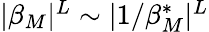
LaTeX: \begin{array}{r}{|\beta_{M}|^{L}\sim|1/\beta_{M}^{\ast}|^{L}}\end{array}